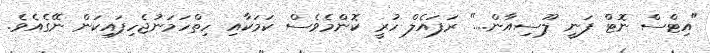
"އިޓްސް ނޮޓް ފަނީ ލޫސިއާން...." ރަފައެލް ހުރީ ކޮންމެވެސް ކަމަކާއި ހިތްހަމަނުޖެހިފައިކަން ނޭގެއެވެ.